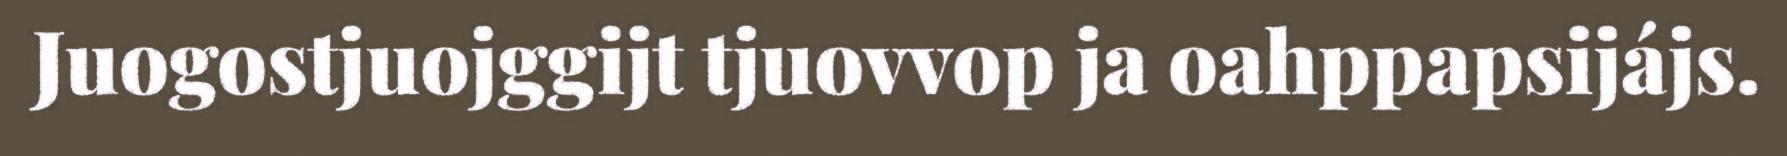
Juogostjuojggijt tjuovvop ja oahppapsijájs.